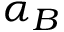
\alpha _ { B }